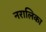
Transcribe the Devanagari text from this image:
नरालिका